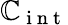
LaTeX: \mathbb{C}_{\mathrm{{~i~n~t~}}}